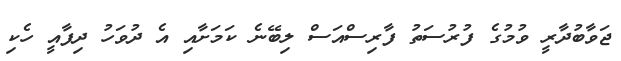
ޖަވާބުދާރީ ވުމުގެ ފުރުސަތު ފާރިސްއަސް ލިބޭނެ ކަމަށާއި އެ ދުވަހު ދިފާއީ ހެކި